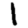
Digit: 1